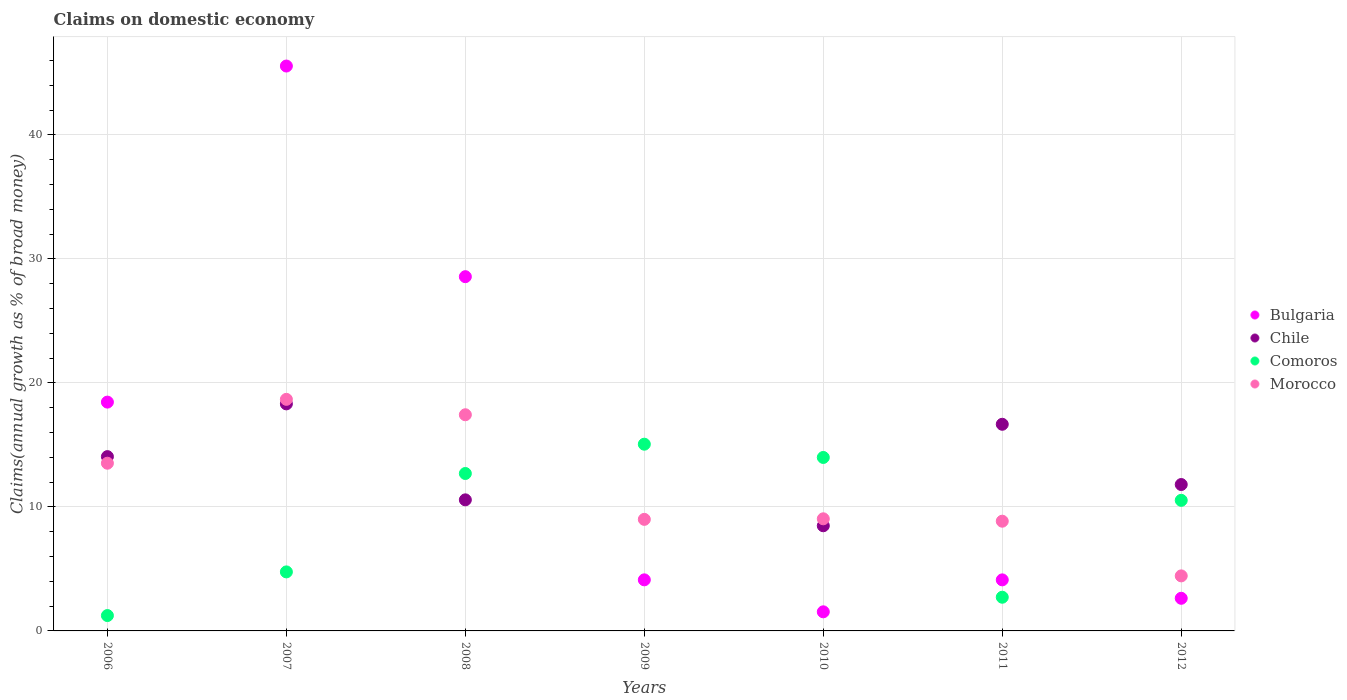
| Years | Bulgaria | Chile | Comoros | Morocco |
 | --- | --- | --- | --- | --- |
 | 2006 | 18.5 | 14.1 | 1.24 | 13.5 |
 | 2007 | 45.6 | 18.3 | 4.76 | 18.7 |
 | 2008 | 28.6 | 10.6 | 12.7 | 17.4 |
 | 2009 | 4.12 | -1.96 | 15.1 | 9 |
 | 2010 | 1.54 | 8.48 | 14 | 9.04 |
 | 2011 | 4.12 | 16.7 | 2.72 | 8.85 |
 | 2012 | 2.63 | 11.8 | 10.5 | 4.44 |